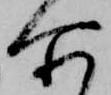
所